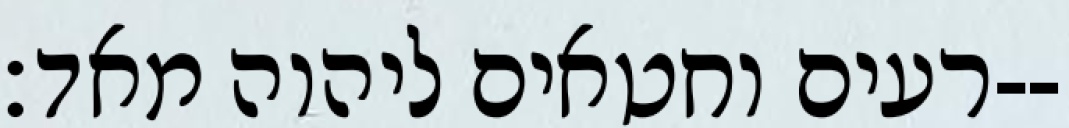
רעים וחטאים ליהוה מאד׃--